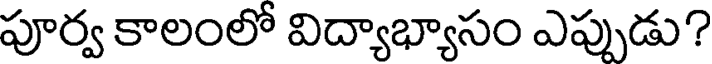
పూర్వ కాలంలో విద్యాభ్యాసం ఎప్పుడు?